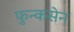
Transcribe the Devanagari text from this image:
फुन्कसेन